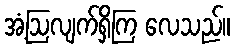
အံ့ဩလျက်ရှိကြ လေသည်။